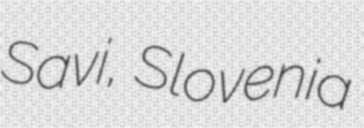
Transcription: Savi, Slovenia